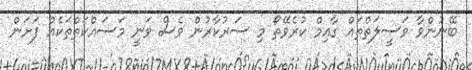
ބޭނުންވާ ވަސީލަތްތައް ގާއިމް ކުރެވޭތޯ މި ސަރުކާރުން ވެސް ވަނީ މަސައްކަތްތަކެއް ފަށަން